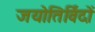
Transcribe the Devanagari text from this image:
जयोतिर्विदों